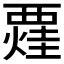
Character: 𧟼